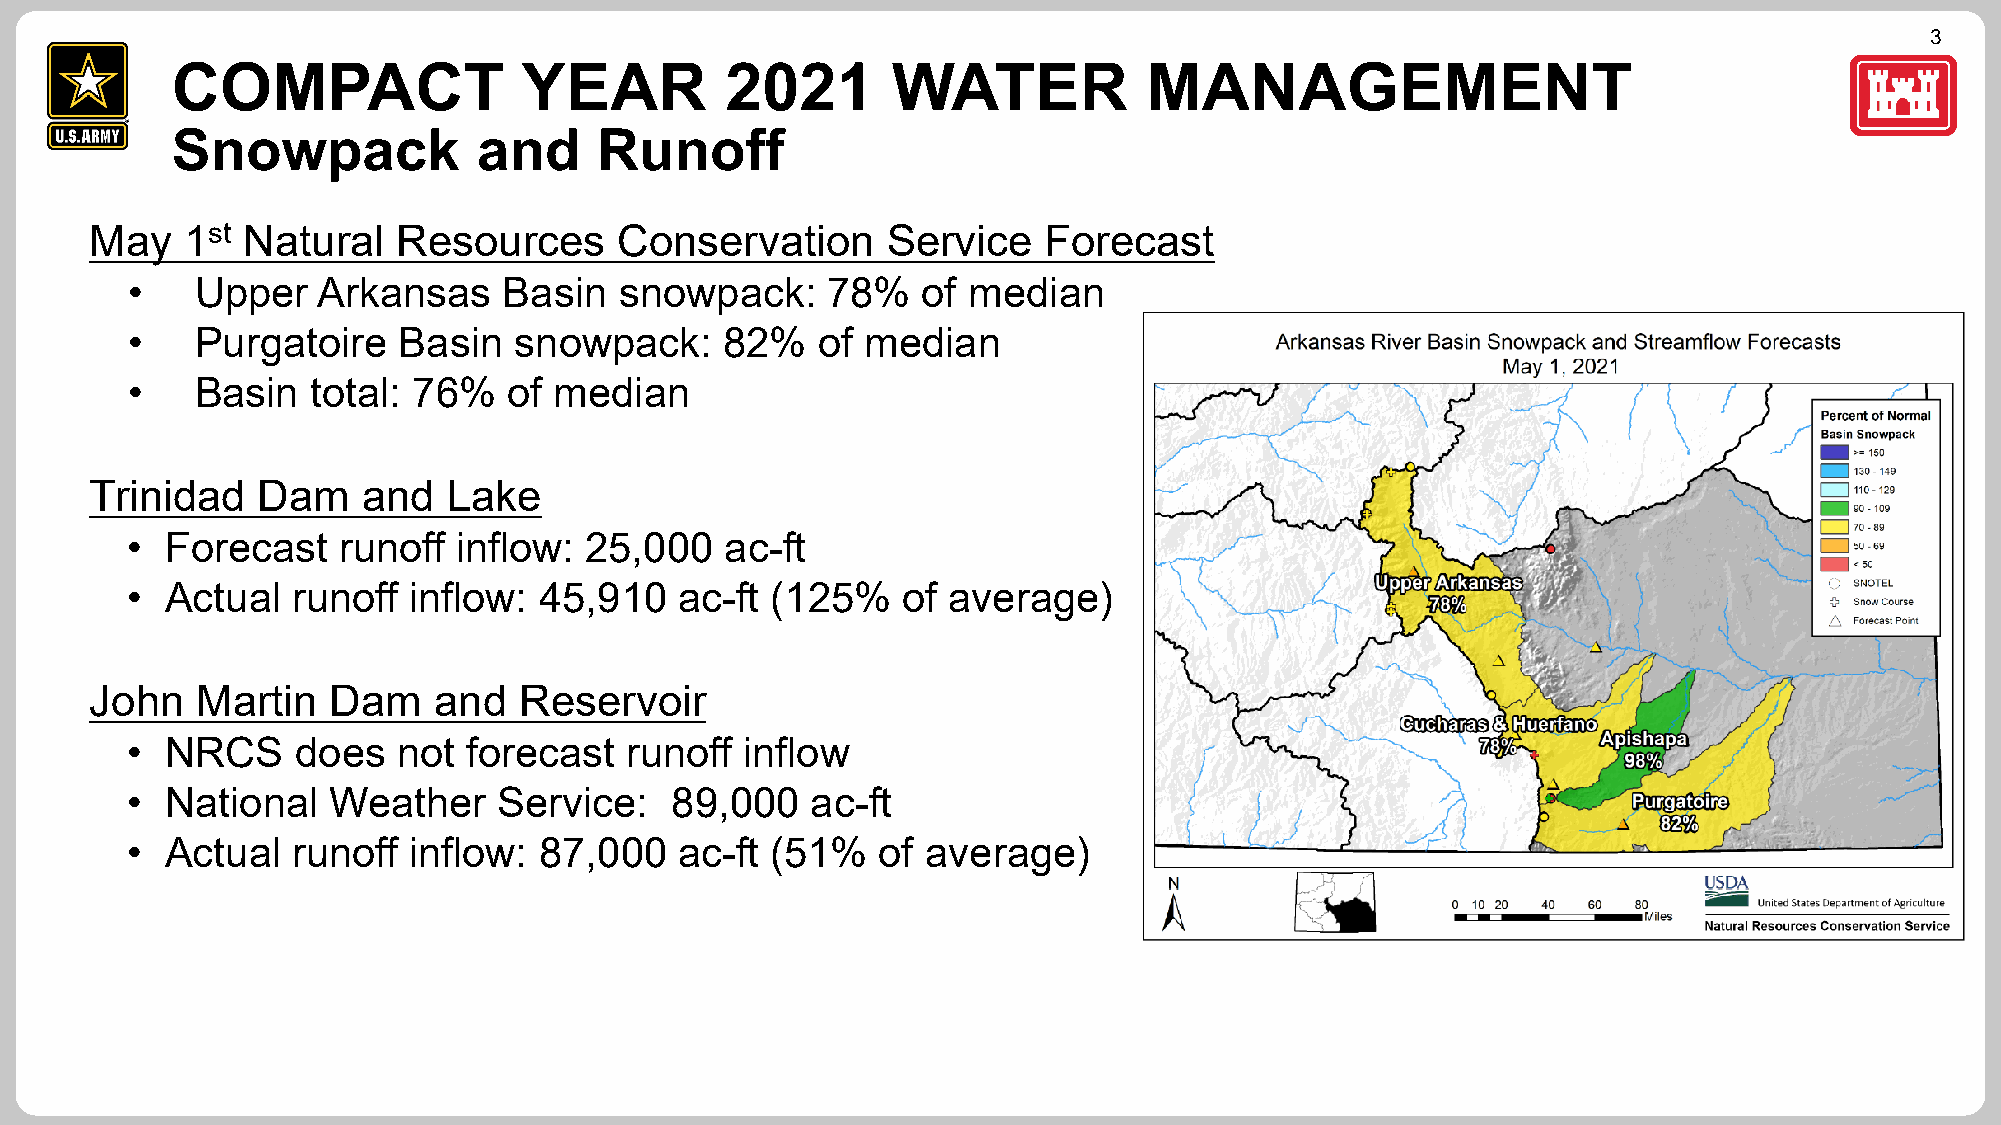
3
 COMPACT                YEAR          2021       WATER            MANAGEMENT
 Snowpack             and     Runoff
 May   1st Natural   Resources      Conservation      Service   Forecast
 •    Upper   Arkansas    Basin   snowpack:     78%   of median
 •    Purgatoire   Basin   snowpack:     82%   of median
 •    Basin   total: 76%   of median
 Trinidad   Dam    and   Lake
 •  Forecast   runoff  inflow:  25,000   ac-ft
 •  Actual  runoff  inflow:  45,910   ac-ft (125%    of average)
 John   Martin   Dam    and  Reservoir
 •  NRCS     does  not  forecast  runoff  inflow
 •  National   Weather    Service:   89,000    ac-ft
 •  Actual  runoff  inflow:  87,000   ac-ft (51%   of average)